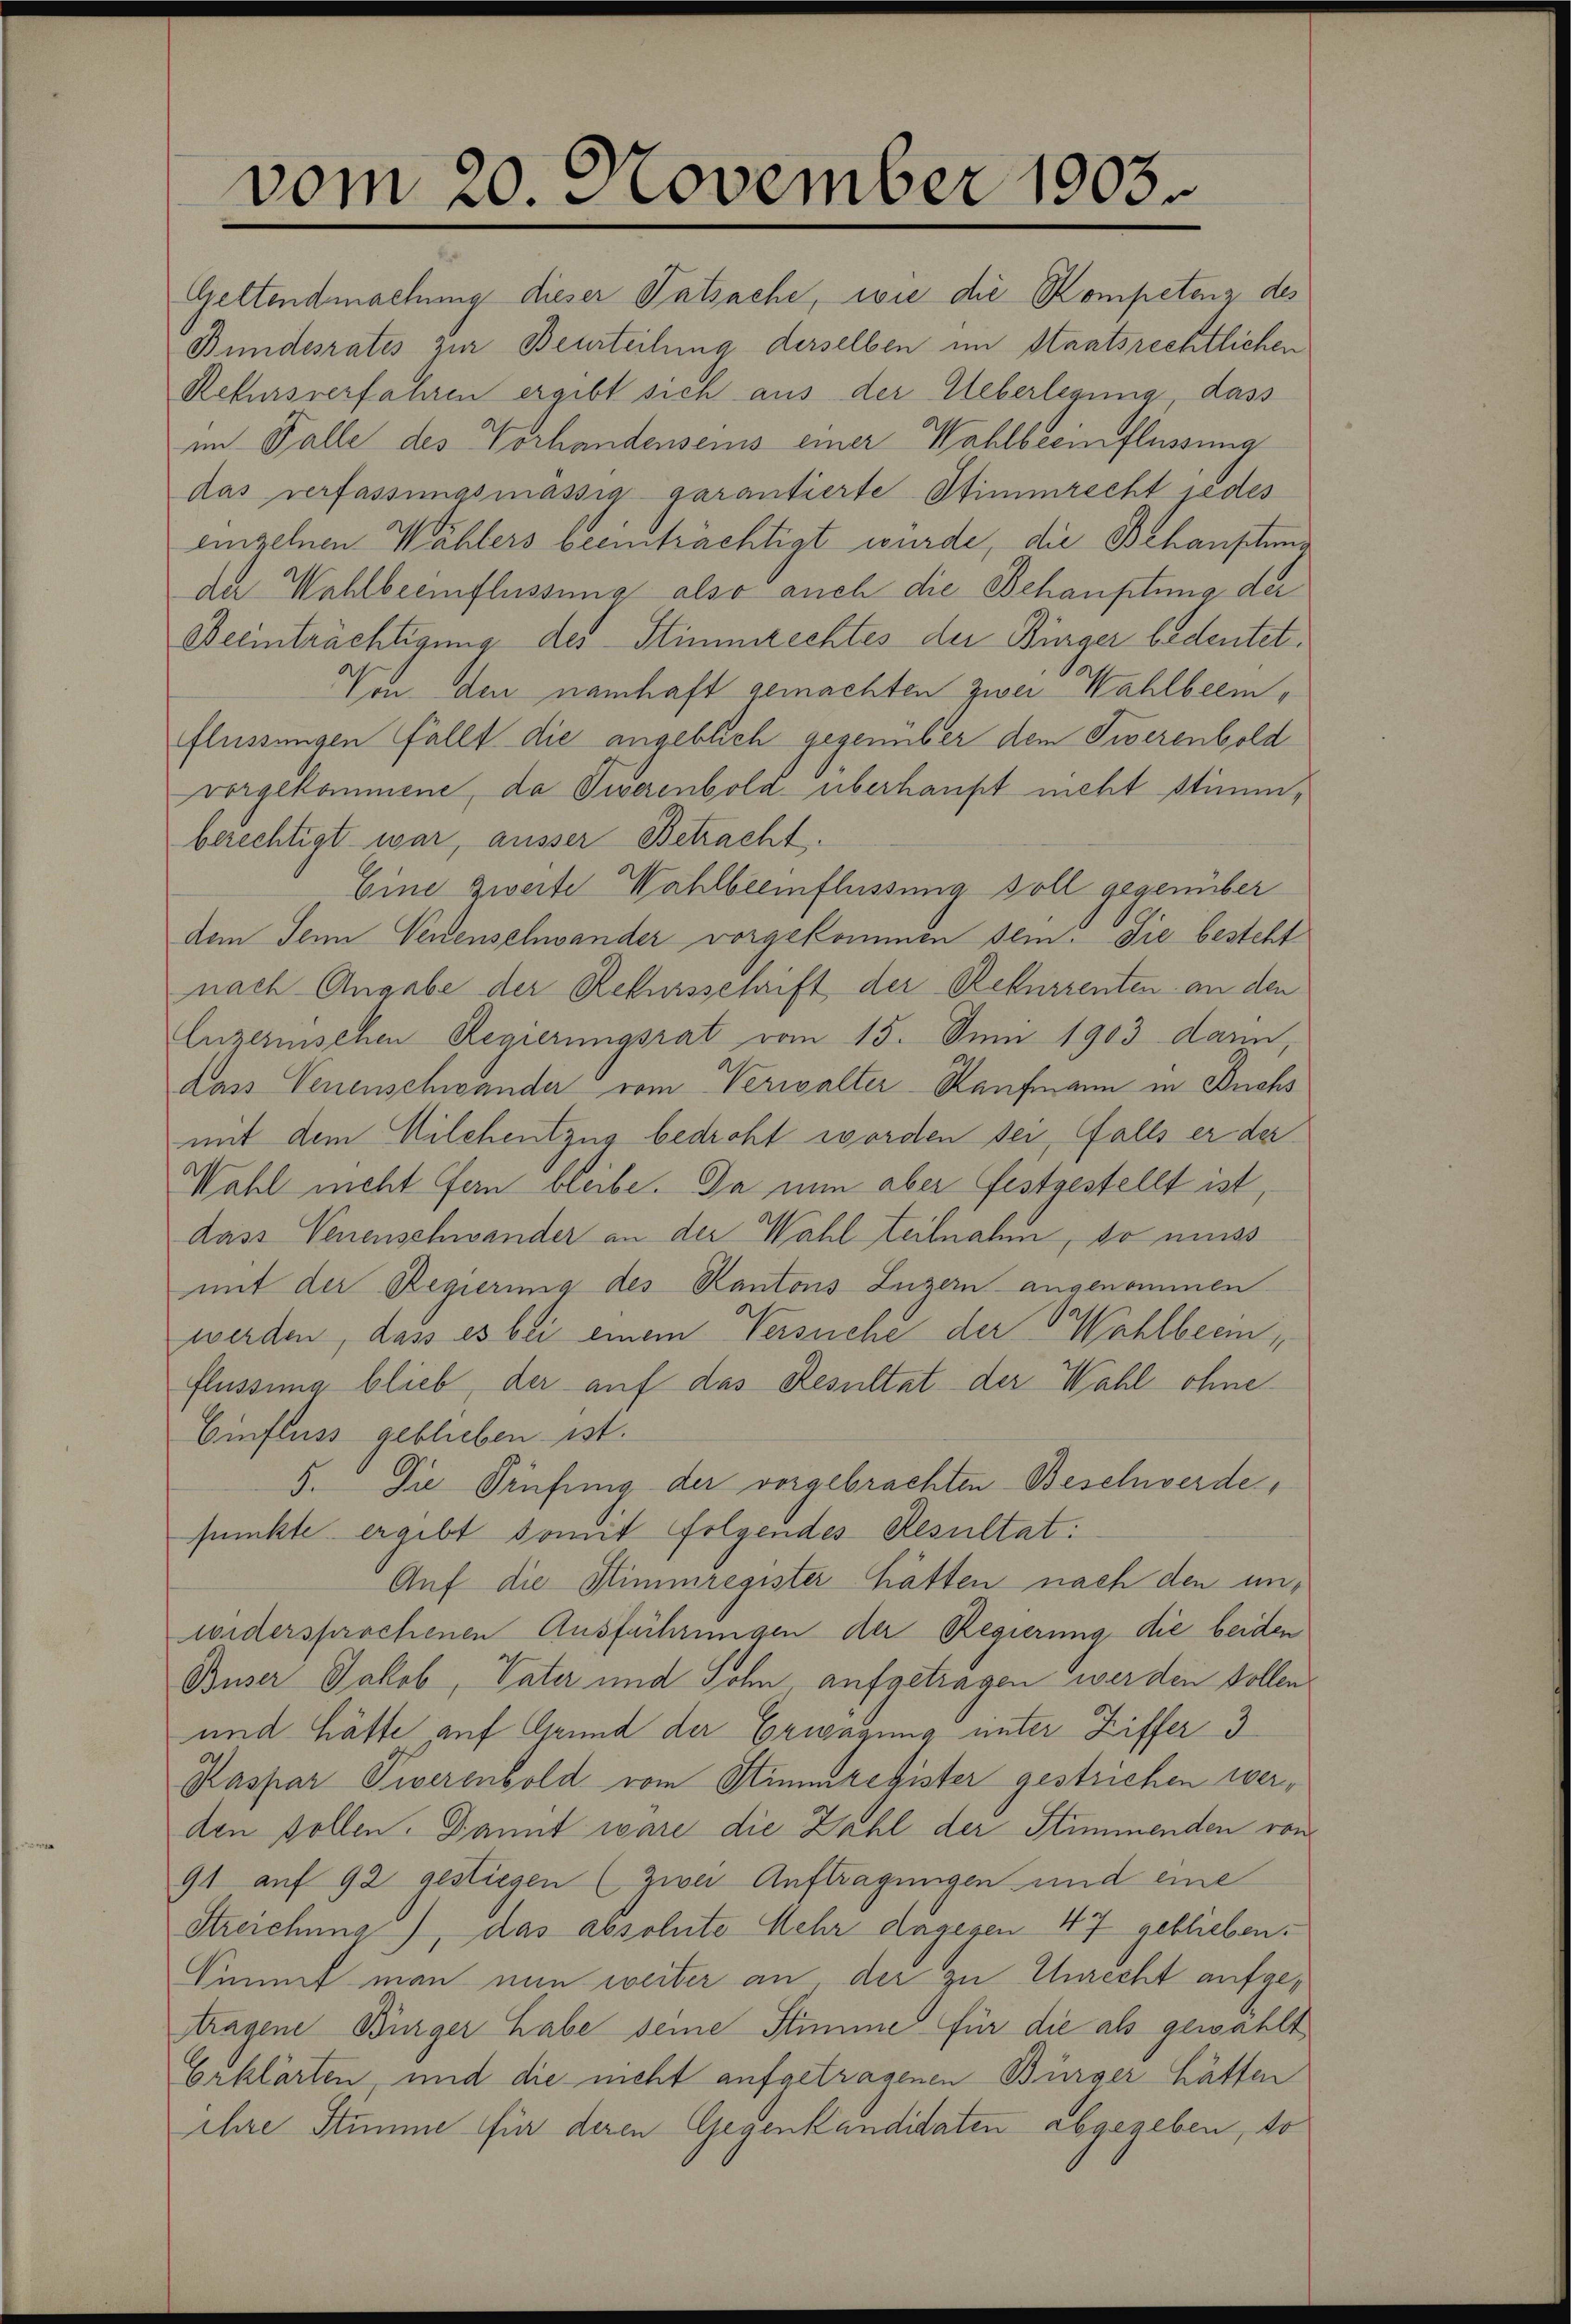
vom 20. November 1903.

Geltendmachung dieser Tatsache, wie die Kompetenz des
Bundesrates zur Beurteilung derselben im Staatsrechtlichen
Refursverfahren ergibt sich aus der Ueberlegung, dass
im Falle des Vorhandenseins einer Wahlbeeinflüssung
das verfassungsmässig garantierte Stimmrecht jedes
einzelnen Wählers beeinträchtigt wurde, die Behaupten
der Wahlbeeinflüssung also auch die Behauptung der
Beeinträchtigung des Stimmrechtes der Bürger bedeutet.
Von den namhaft gemachten zwei Wahlbeemflüssungen fällt die angeblich gegenüber dem Tierenbold
vorgekommene, da Siverenbold überhaupt nicht stimmberechtigt war, ausser Betracht.
Eine zweite Wahlbeeinflüssung soll gegenüber
dem Senn Venenschwander vorgekommen sein. Die besteht
nach Angabe der Rekursschrift der Rekurrenten an den
Enzerischen Regierungsrat vom 15. Juni 1903 dann,
dass Venenschwander vom Verwalter-Kaufmann in Buchs
mit dem Milchentzug bedroht worden sei, falls er der
Wahl nicht fern bleibe. Da nun aber festgestellt ist,
dass Venenschwander an der Wahl teilnahm, so muss
mit der Regierung des Kantons Luzern angenommen.
werden, dass es bei einem Versuche der Wahlbeeinflüssung blieb, der auf das Resultat der Wahl ohne
Einfluss geblieben ist.
5. Die Prüfung der vorgebrachten Beschwerde,
funkte ergibt somit folgendes Resultat:
Auf die Stimmregister hätten nach den unwidersprochenen Ausführungen der Regierung die beiden
Buser Jakob, Vater und Sohn aufgetragen werden sollen
und hätte auf Grund der Erwägung unter Ziffer 3
Kaspar Tierenbold vom Stimmregister gestrichen werden sollen. Damit wäre die Zahl der Stimmenden von
91 auf 92 gestiegen (zwei Auftragungen und eine
Streichung), das absolute Mehr dagegen 47 geblieben.
Simmt man nun weiter an, der zu Unrecht aufgetragene Bürger habe seine Stimme für die als gewählt
Erklärten, und die nicht aufgetragenen Bürger hätten
ihre Stimme für deren Gegenkandidaten abgegeben, so